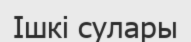
Ішкі сулары